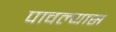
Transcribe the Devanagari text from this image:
पावल्यास